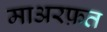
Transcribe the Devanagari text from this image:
माअरफ़त